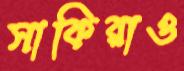
সাকিরাও